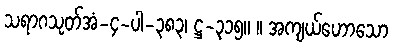
သရာဂသုတ်အံ-၄-ပါ-၃၈၃၊ ဋ္ဌ-၃၁၅။ ။ အကျယ်ဟောသော